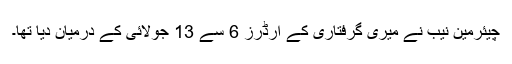
چیئرمین نیب نے میری گرفتاری کے آرڈرز 6 سے 13 جولائی کے درمیان دیا تھا۔